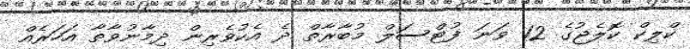
ކްލިކް ކޮލެޖުގެ 12 ވަނަ ފުޓްސަލް މުބާރާތް ދެ އެކުވެރިން ދިމާނުވާތާ އަހަރެއް